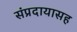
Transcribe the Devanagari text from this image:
संप्रदायासह